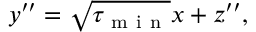
y ^ { \prime \prime } = \sqrt { \tau _ { \mathrm { ~ m ~ i ~ n ~ } } } x + z ^ { \prime \prime } ,